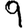
Digit: 9